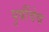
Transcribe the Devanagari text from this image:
पुर्वीचेच